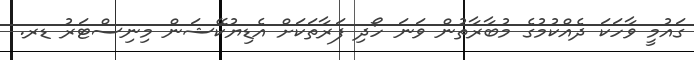
ގައުމީ ވާހަކަ ދެއްކުމުގެ މުބާރާތުން ވަނަ ހޯދި ފަރާތަކަށް އެޑިޔުކޭޝަން މިނިސްޓަރު ޑރ.